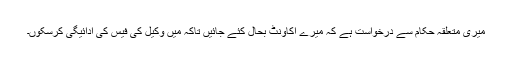
میری متعلقہ حکام سے درخواست ہے کہ میرے اکاؤنٹ بحال کئے جائیں تاکہ میں وکیل کی فیس کی ادائیگی کرسکوں۔